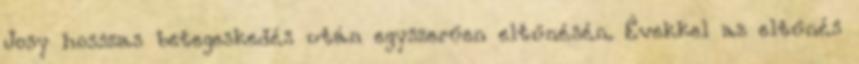
Josy hosszas betegeskedés után egyszerűen eltűnésén. Évekkel az eltűnés